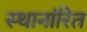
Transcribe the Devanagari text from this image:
स्थानांरित